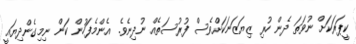
ކީޕަރަކަށް ނުވަތަ ދެން ހުރި ޒިޔަޒަނަކަށްވެސް ފުރުސަތެއް ނުދިނެވެ. އެންމެފަހުން ކަން ނިމިގެންދިޔައީ